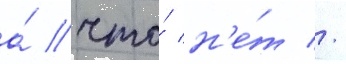
а́ что́ н'е́т //